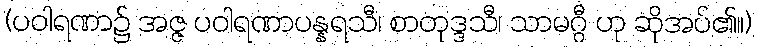
(ပဝါရဏာ၌ အဇ္ဇ ပဝါရဏာပန္နရသီ၊ စာတုဒ္ဒသီ၊ သာမဂ္ဂီ ဟု ဆိုအပ်၏။)